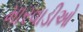
મારવાડીઓ